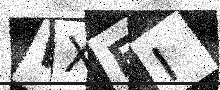
Text: WXFI